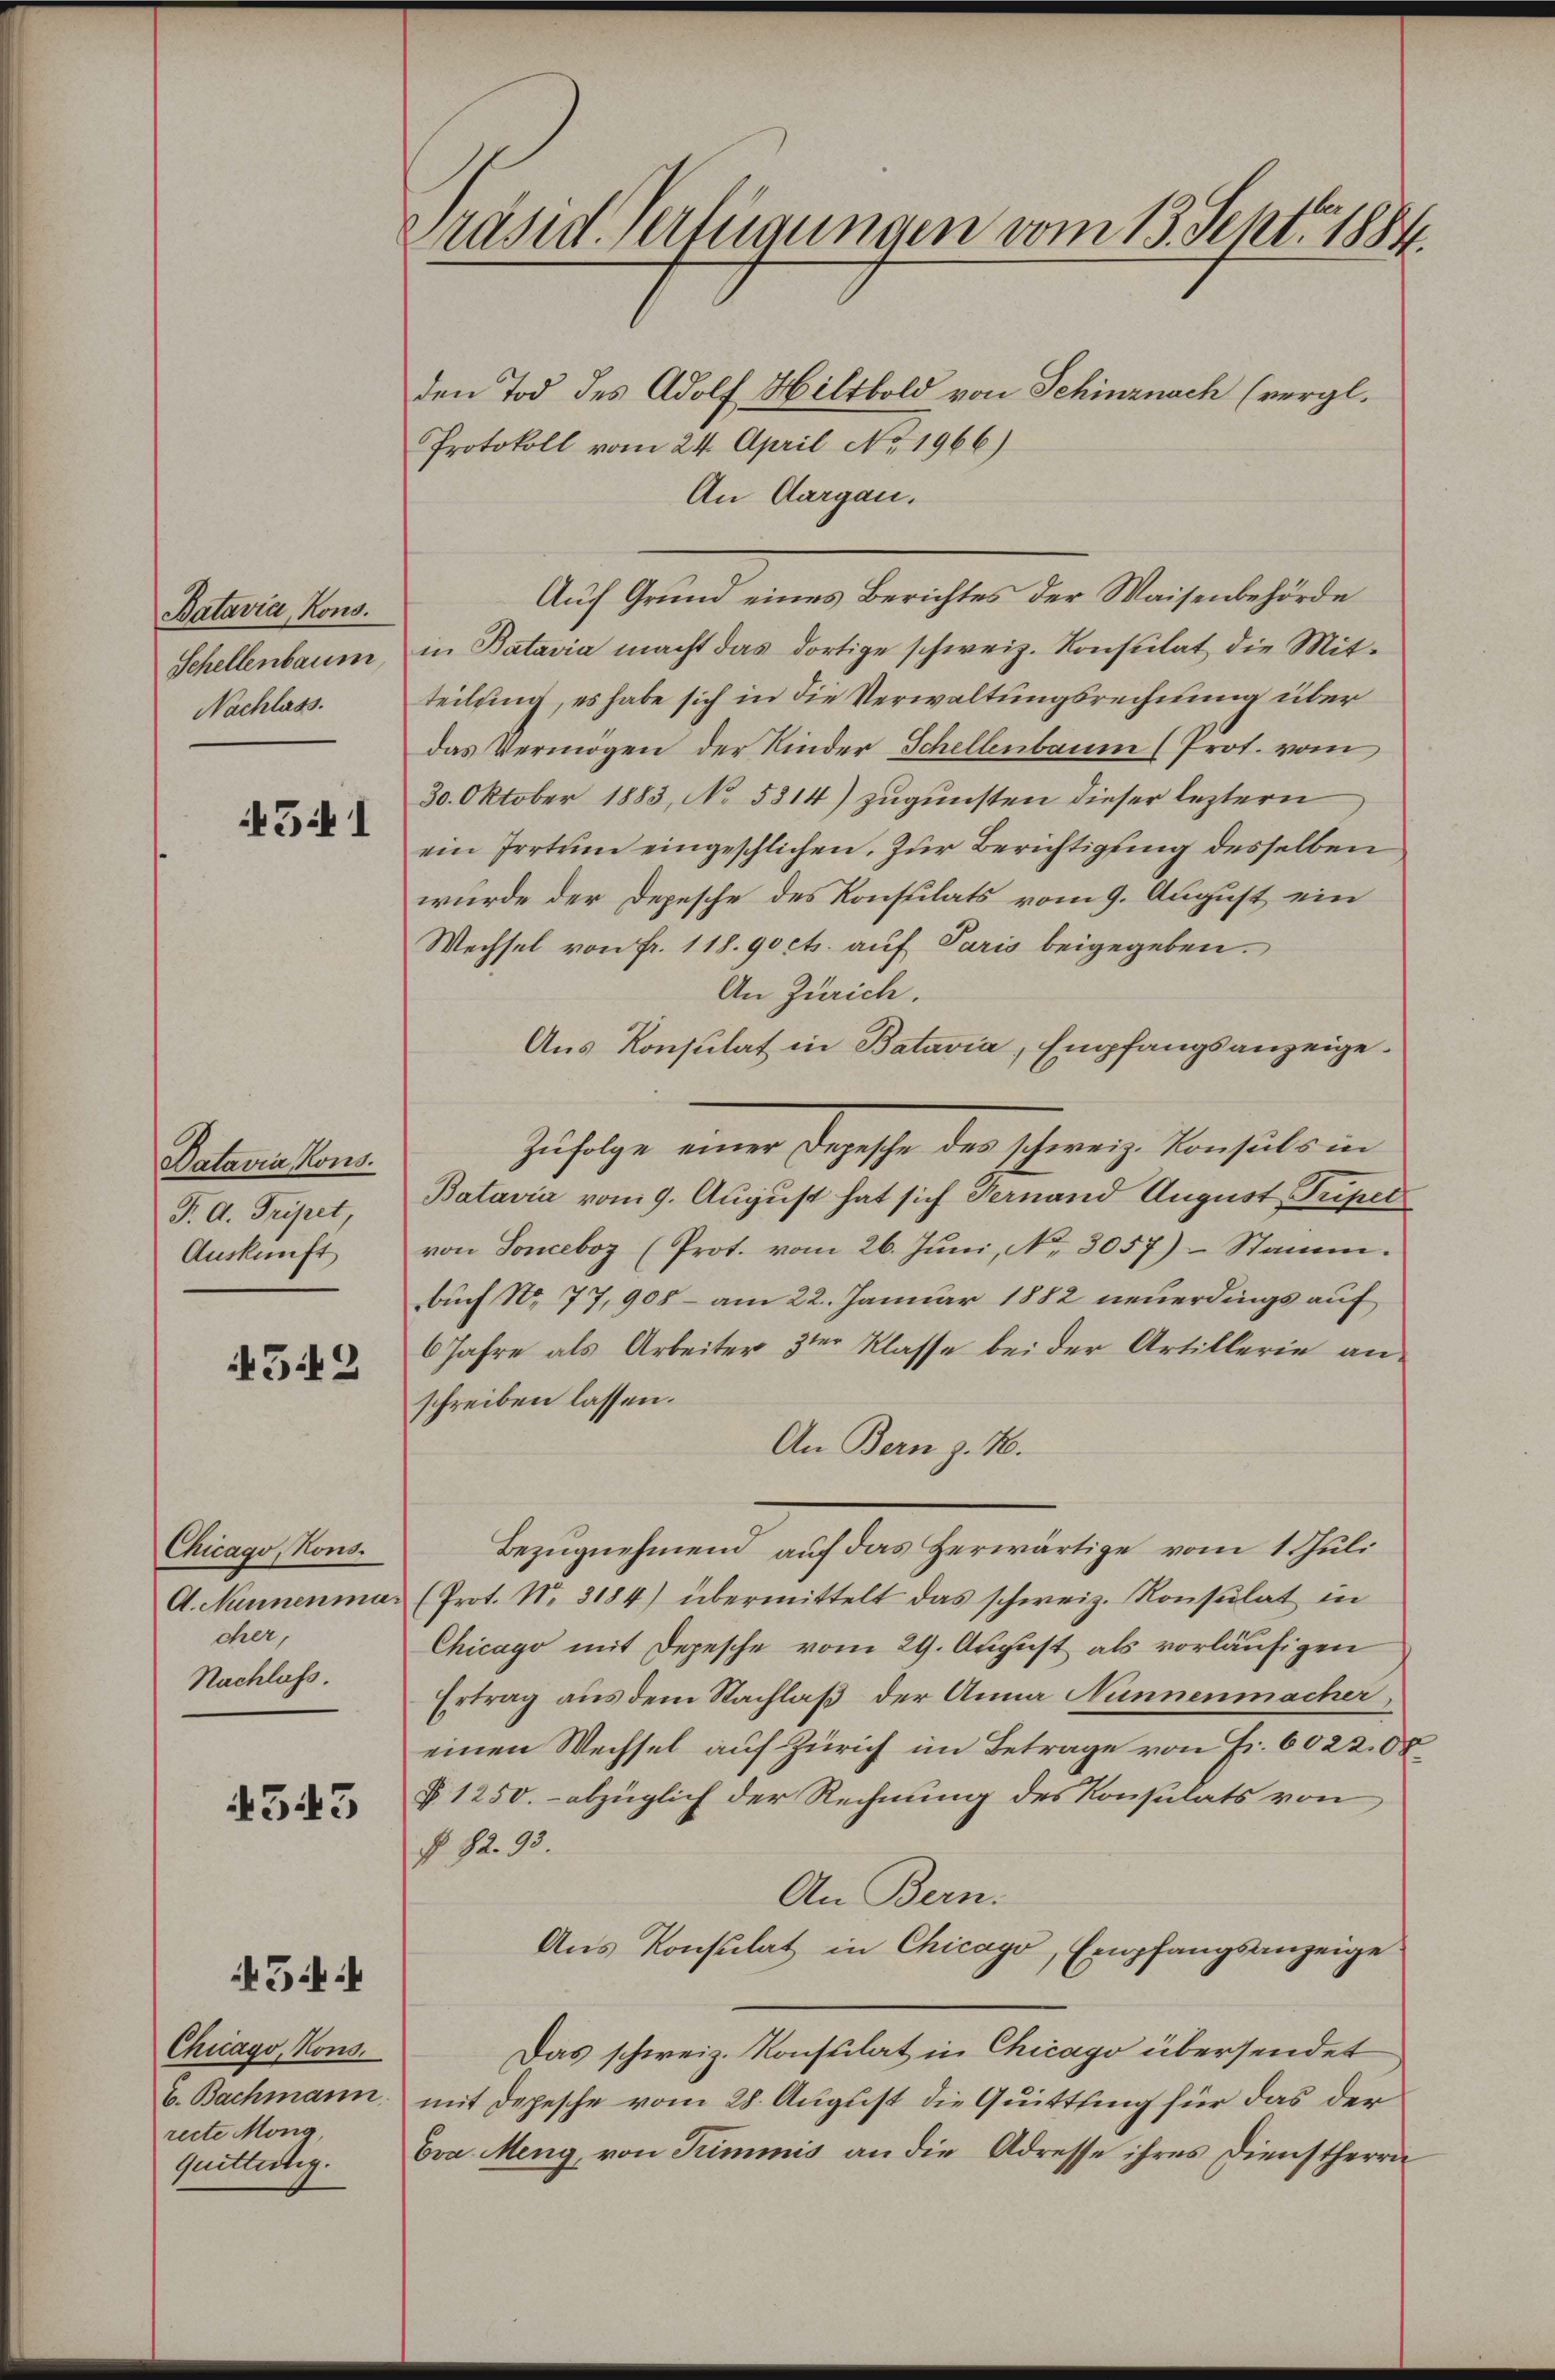
Batavia, Kons.
Schellenbaum
Nachlass.

541

Patavia Kons.
T. d. Tripet
Auskunft

542

Chicago, Kons.
A. Nunnenma
cher,
Nachlass.

4543

5i

Chicago, Kons.
E. Bachmann
recte Mong,
Quittätig.

Präsid. Fertigungen vom 13. Sept. 1884.

den Tod des Adolf Hiltbold von Schinznach (vergl.
Protokoll vom 24. April No 1966)
An Aargau.
Auf Grund eines Berichtes der Waisenbehörde
in Batavia macht das dortige schweiz. Konsulat die Mitteilung, es habe sich in die Verwaltungsrechnung über
das Vermögen der Kinder Schellenbaum (Prot. vom
30. Oktober 1883, No 5814) zugunsten dieser leztern
ein Irrtum eingeschlichen. Zur Berichtigung desselben
wurde der Depesche des Konsulats vom 9. August ein
Wechsel von fr. 118. 90 cts. auf Paris beigegeben.
An Zürich.
Aus Konsulat in Batavia, Empfangsanzeige¬
Zufolge einer Depesche der schweiz. Konsuls in
Batavia vom 9. August hat sich Fernand August Triper
von Sonceboz (Prot. vom 26. Juni, No. 3057) Stamm.
Auch No. 77, 908 - am 22. Januar 1882 neuerdings auf
6 Jahre als Arbeiter 3ter Klasse bei der Artillerie anschreiben lassen.
An Bern z. 16.
Bezugnehmend auf das Herwärtige vom 1. Juli
 (Prot. No. 3184) übermittelt das schweiz. Konsulat in
Chicago mit Depesche vom 29. August als vorläufigen
Ertrag aus dem Nachlaß der Anna Nünnenmacher
einen Wechsel auf Zürich im Betrage von Fr. 6022.08
§ 1250.- abzüglich der Rechnung des Konsulats von
N. 82. 93.
An Bern.
Ans Konsulat in Chicago, Empfangsanzeige
Das schweiz. Konsulat in Chicago übersendet
mit Depesche vom 28. August die Quittling für das der
Eva Meng, von Trimmis an die Adresse ihres Dienstherrn